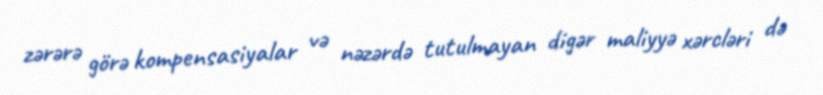
zərərə görə kompensasiyalar və nəzərdə tutulmayan digər maliyyə xərcləri də